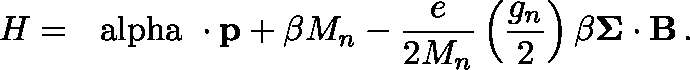
H = \mathrm { \boldmath ~ \ a l p h a ~ } \cdot { \bf p } + \beta M _ { n } - { \frac { e } { 2 M _ { n } } } \left( { \frac { g _ { n } } { 2 } } \right) \beta { \bf \Sigma \cdot B } \, .